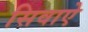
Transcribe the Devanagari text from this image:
सिवाऐ